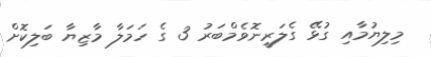
މިލިޔުމާއި ގުޅޭ ގެލަރީނޮވެމްބަރު 3 ގެ ހަމަލާ މާޒިޔާ ބަލިކޮށް